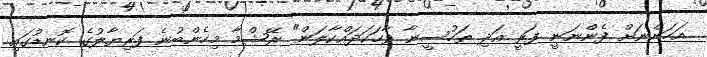
އަހަންނަށް ފެންނަނީ ފަރީ އަދި ތަހުސީނާ ވާހަކަދައްކާލަން" ރޭޝްމާ މިހެންބުނެ ފަރިޔާލުގެ ކޮނޑުގައި